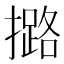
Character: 𢷅